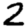
Digit: 2